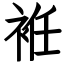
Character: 袵